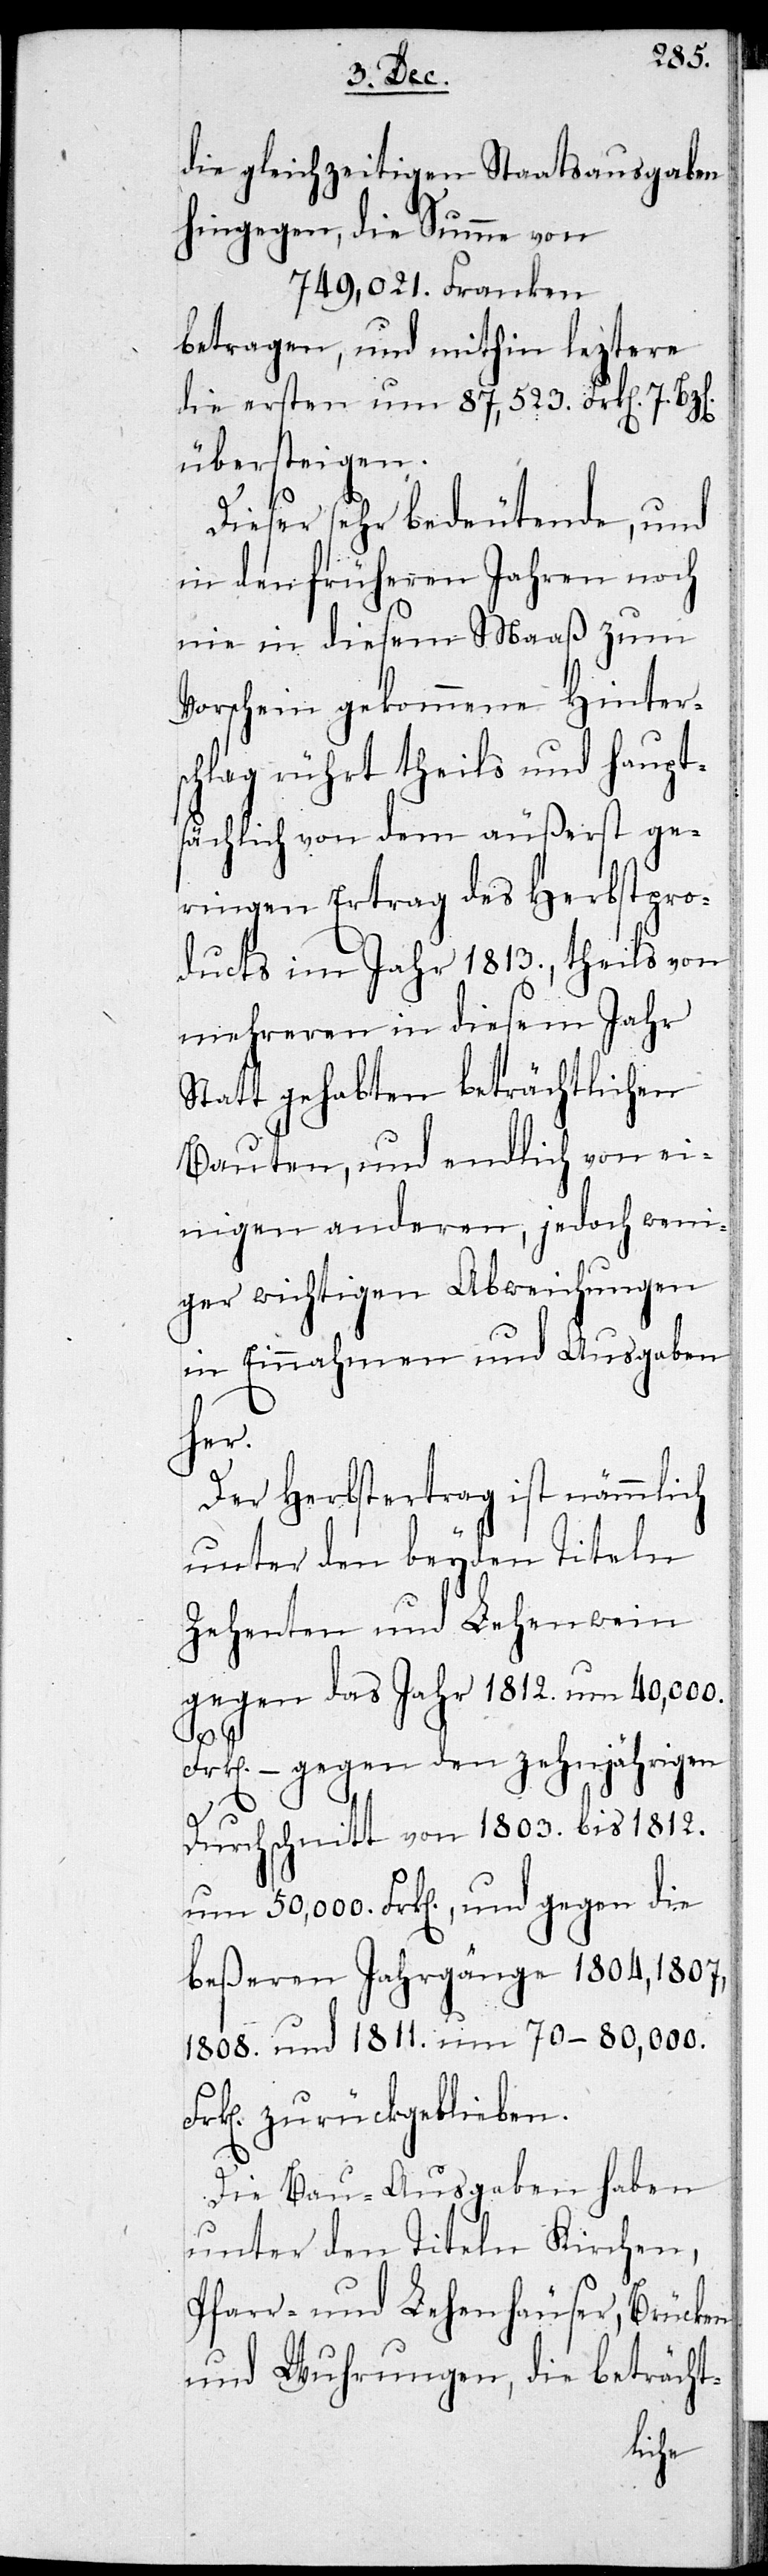
die gleichzeitigen Staatsausgaben
hingegen die Summe von
749,021. Franken
betragen, und mithin leztere
die ersten um 87,523. Frken. 7. Bzen.
übersteigen.
Dieser sehr bedeutende, und
in den früheren Jahren noch
nie in diesem Maaß zum
Vorschein gekommene Hinters¬
chlag rührt theils und haupt¬
sächlich von dem äußerst ge¬
ringen Ertrag des Herbstpro¬
ducts im Jahr 1813., theils von
mehreren in diesem Jahr
Statt gehabten beträchtlichen
Bauten, und endlich von ei¬
nigen anderen, jedoch weni¬
ger wichtigen Abweichungen
in Einnahmen und Ausgaben
her.
Der Herbstertrag ist nämlich
unter den beyden Titeln
Zehenten und Lehenwein
gegen das Jahr 1812. um 40,000.
Frken. – gegen den zehnjährigen
Durchschnitt von 1803. bis 1812.
um 50,000. Frken., und gegen die
beßeren Jahrgänge 1804, 1807,
1808. und 1811. um 70–80,000.
Frken. zurückgeblieben.
Die Bau-Ausgaben haben
unter den Titeln Kirchen,
Pfarr- und Lehenhäuser, Brücken
und Wuhrungen, die beträcht-